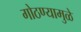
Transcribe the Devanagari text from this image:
गोठण्यामुळे